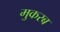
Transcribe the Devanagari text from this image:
मुकरब